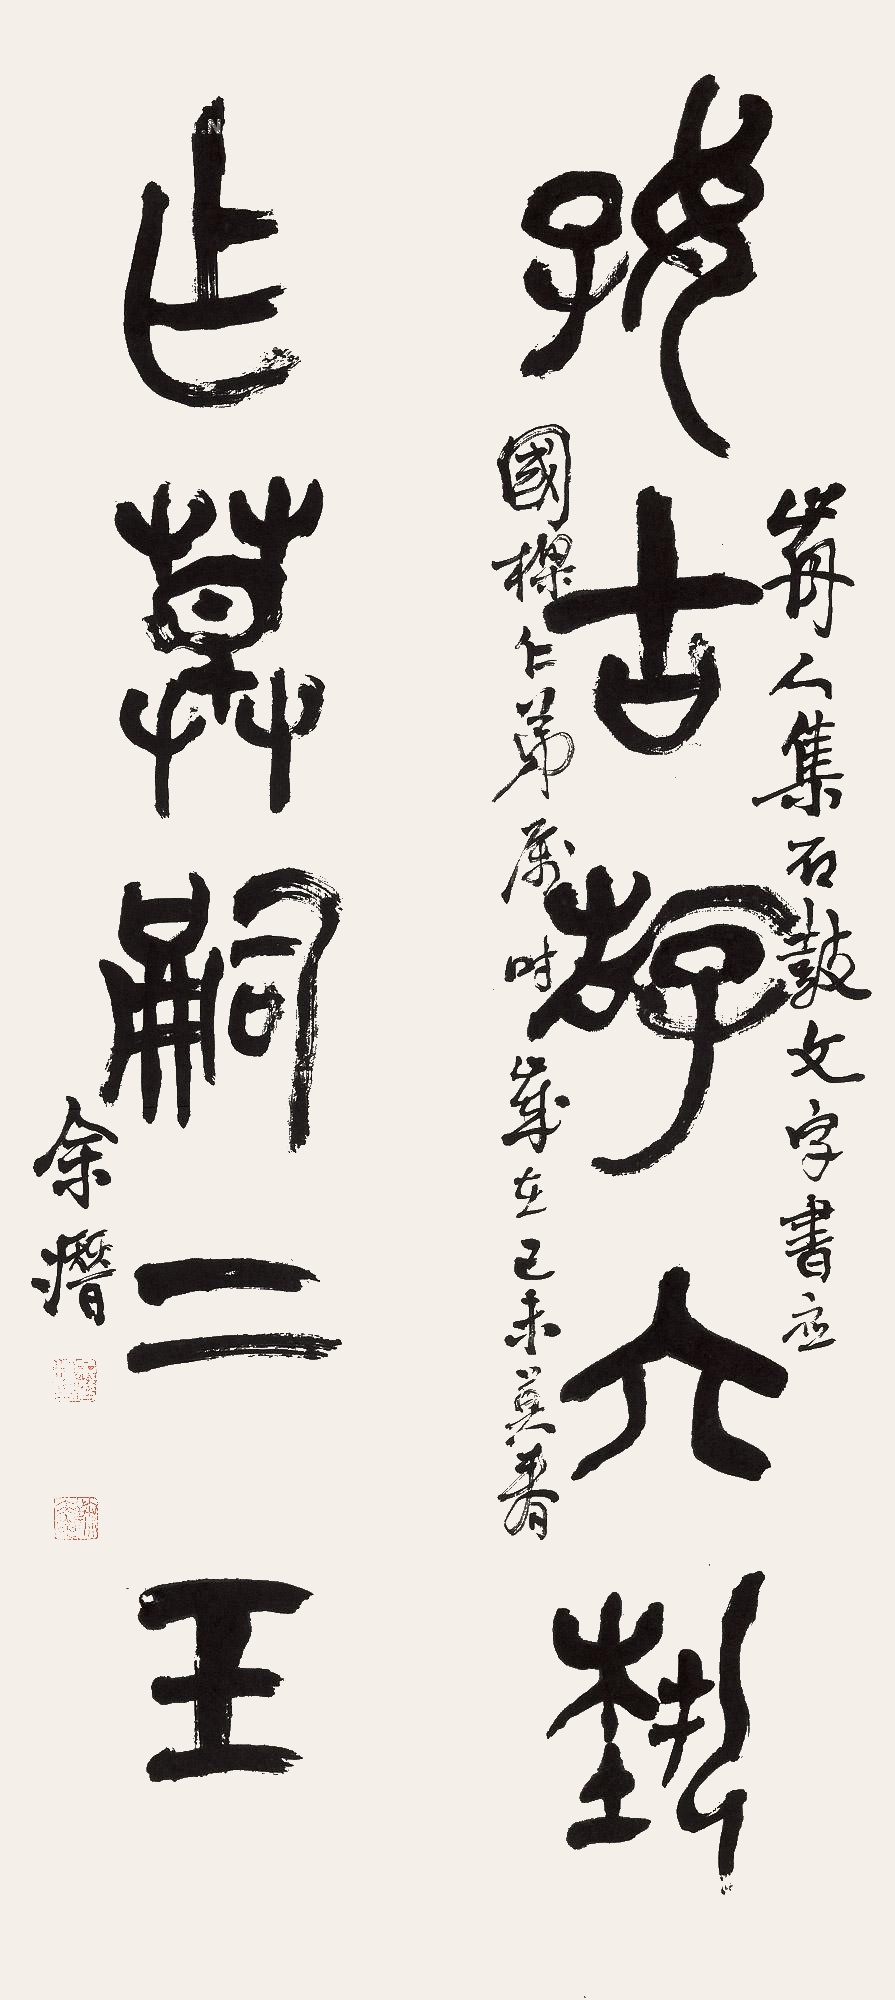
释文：好古游六艺，作草嗣二王。前人集石鼓文字书，应国梁仁弟属，时岁在己未（1979年）暮春，余潜。